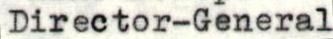
Director-General